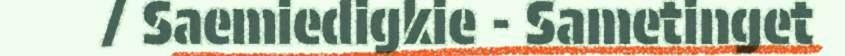
/ Saemiedigkie - Sametinget